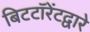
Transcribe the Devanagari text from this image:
बिटटॉरेंटद्वारे